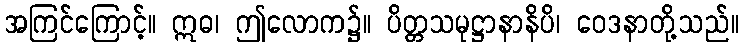
အကြင်ကြောင့်။ ဣဓ၊ ဤလောက၌။ ပိတ္တသမုဋ္ဌာနာနိပိ၊ ဝေဒနာတို့သည်။